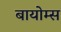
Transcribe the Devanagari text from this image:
बायोम्स